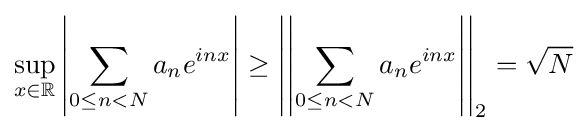
\sup _{x\in \mathbb {R} }\left|\sum _{0\leq n<N}a_{n}e^{inx}\right|\geq \left|\left|\sum _{0\leq n<N}a_{n}e^{inx}\right|\right|_{2}={\sqrt {N}}